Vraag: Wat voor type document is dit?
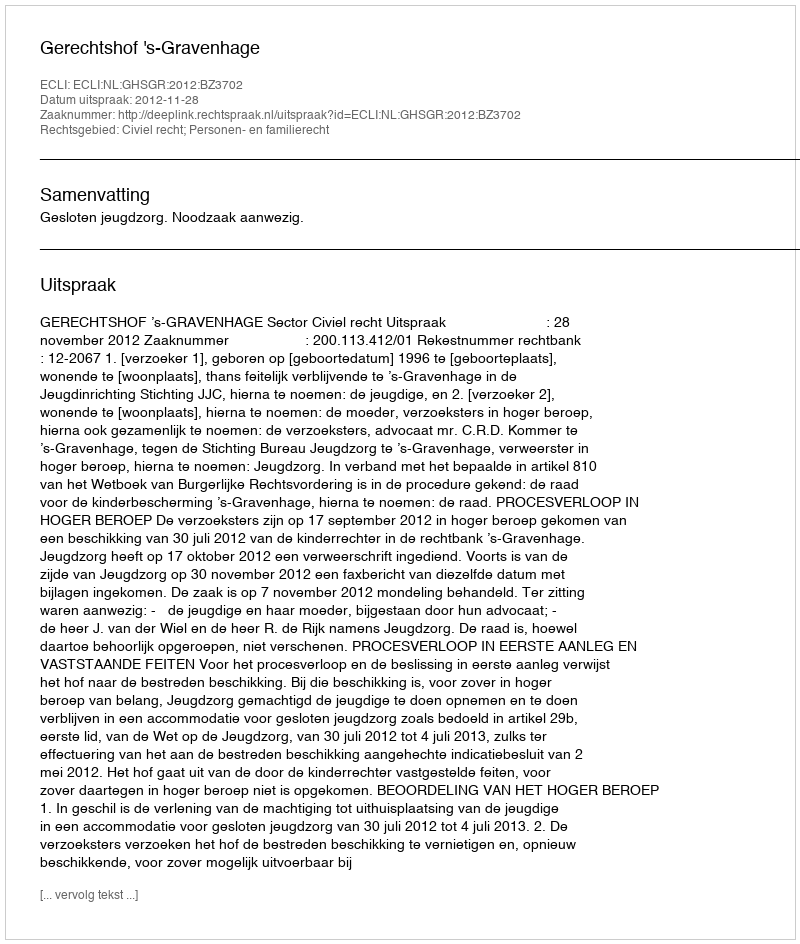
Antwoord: Uitspraak